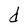
Character: d